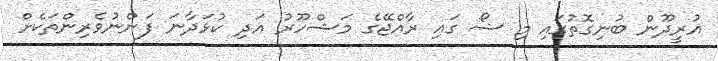
އުރީދޫން ބުނިގޮތުގައި މި ޝޯ ގައި ރާއްޖޭގެ މަޝްހޫރު އަދި ކުޅަދާނަ ފަންނުވެރިންތަކެށް